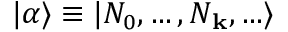
\vert \alpha \rangle \equiv \vert N _ { 0 } , \ldots , N _ { \bf k } , \ldots \rangle